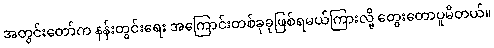
အတွင်းတော်က နန်းတွင်းရေး အကြောင်းတစ်ခုခုဖြစ်ရမယ်ကြားလို့ တွေးတောပူမိတယ်။